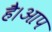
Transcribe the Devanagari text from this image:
है।आप